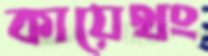
কায়েথং